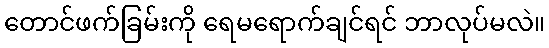
တောင်ဖက်ခြမ်းကို ရေမရောက်ချင်ရင် ဘာလုပ်မလဲ။